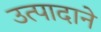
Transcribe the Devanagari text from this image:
उत्पादाने